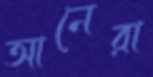
আনেরা